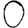
Digit: 0